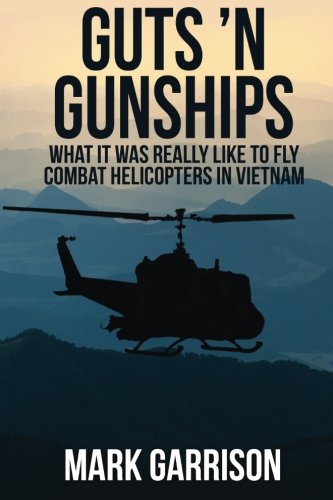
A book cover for Guts 'N Gunships: What it was Really Like to Fly Combat Helicopters in Vietnam; Mark Garrison; History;